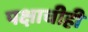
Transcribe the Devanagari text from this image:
पक्षाचीही